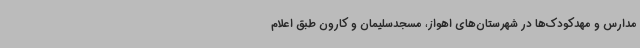
مدارس و مهدکودک‌ها در شهرستان‌های اهواز، مسجدسلیمان و کارون طبق اعلام